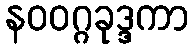
နဝဝဂ္ဂခုဒ္ဒကာ